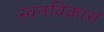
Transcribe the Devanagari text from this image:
स्वनविकास